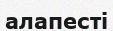
алапесті